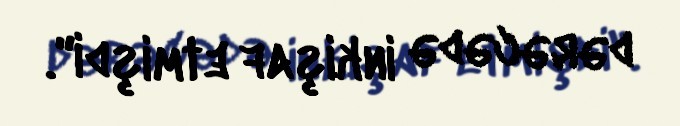
dərəcədə inkişaf etmişdi".